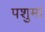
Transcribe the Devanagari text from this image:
पशुमां